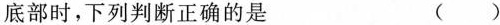
底部时，下列判断正确的是 ()